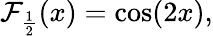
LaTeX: \mathcal{F}_{\frac{{1}}{{2}}}(x)=\cos(2x),